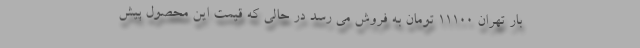
بار تهران 11100 تومان به فروش می رسد در حالی که قیمت این محصول پیش